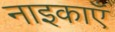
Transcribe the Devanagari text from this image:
नाइकाएँ